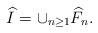
LaTeX: \begin{align*}\widehat{I}=\cup_{n\geq 1}\widehat{F}_n.\end{align*}